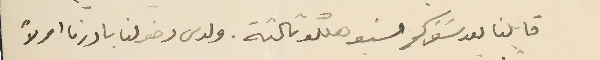
قابلنا بعد سَفركم مسَيو هللو ثالثة. ولدى دخولنا بادرنا اولاً